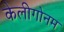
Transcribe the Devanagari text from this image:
केलीगोनम